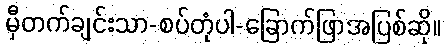
မှီတက်ချင်းသာ-စပ်တုံပါ-ခြောက်ဖြာအပြစ်ဆို။